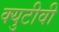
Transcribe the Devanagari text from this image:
क्युटीवी